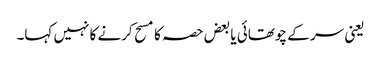
یعنی سر کے چوتھائی یا بعض حصہ کا مسح کرنے کا نہیں کہا۔